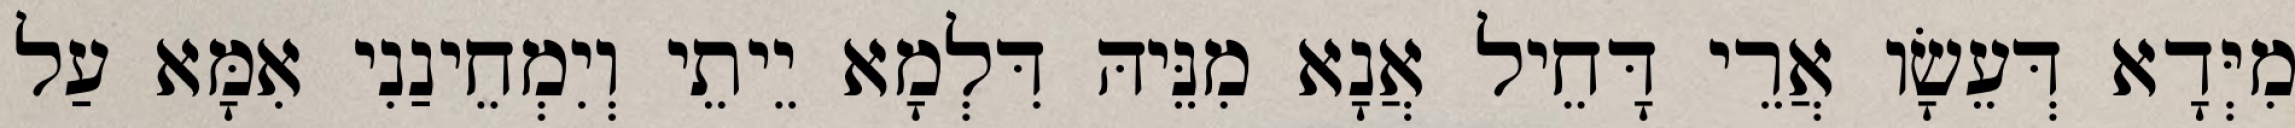
מִיְּדָא דְּעֵשָׂו אֲרֵי דָּחֵיל אֲנָא מִנֵּיהּ דִּלְמָא יֵיתֵי וְיִמְחֵינַנִי אִמָּא עַל